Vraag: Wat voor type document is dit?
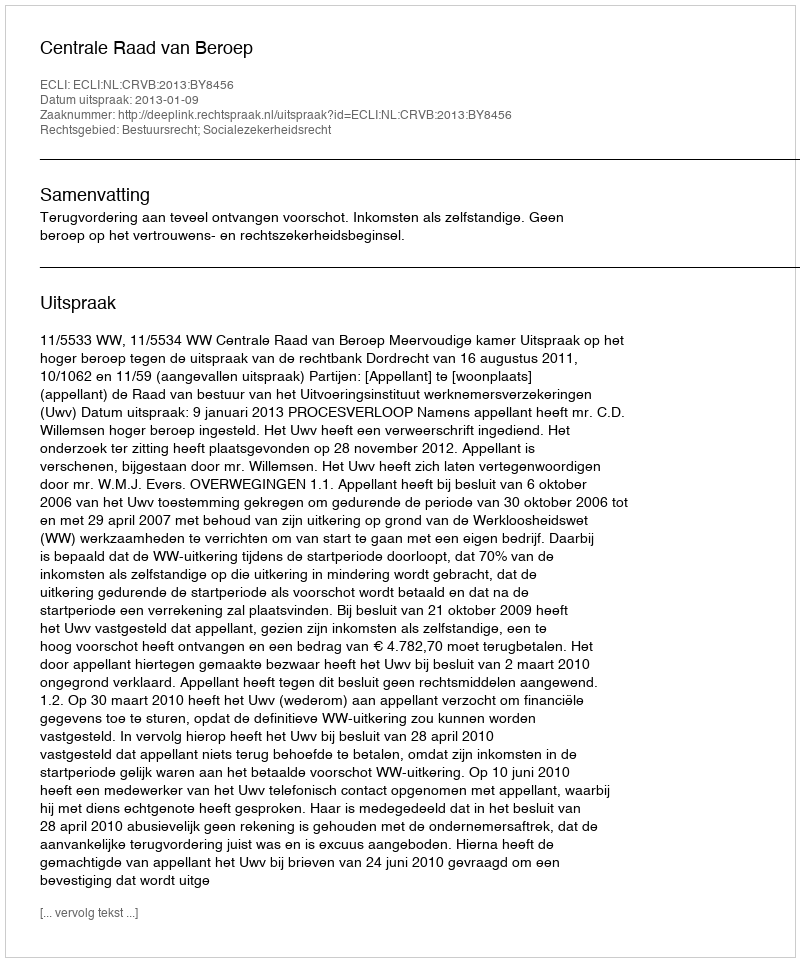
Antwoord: Uitspraak